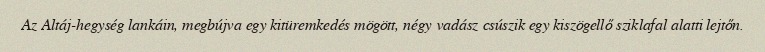
Az Altáj-hegység lankáin, megbújva egy kitüremkedés mögött, négy vadász csúszik egy kiszögellő sziklafal alatti lejtőn.